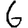
Digit: 6